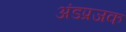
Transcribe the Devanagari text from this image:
अंडप्रजक